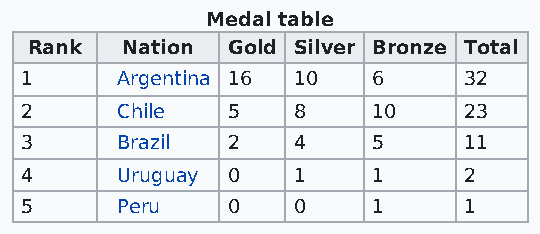
Medal table
 Rank  Nation Gold Silver Bronze Total
 1      Argentina 16 10  6     32
 2      Chile  5   8     10    23
 3      Brazil 2   4     5     11
 4      Uruguay 0  1     1     2
 5      Peru   0   0     1     1